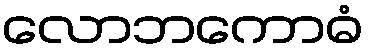
လောဘကောဓံ